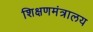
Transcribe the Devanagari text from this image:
शिक्षणमंत्रालय